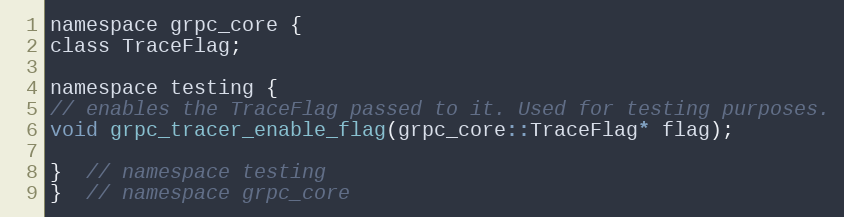
Language: C
namespace grpc_core {
class TraceFlag;

namespace testing {
// enables the TraceFlag passed to it. Used for testing purposes.
void grpc_tracer_enable_flag(grpc_core::TraceFlag* flag);

}  // namespace testing
}  // namespace grpc_core